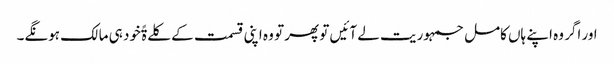
اور اگر وہ اپنے ہاں کامل جمہوریت لے آئیں تو پھر تو وہ اپنی قسمت کے کلےۃًخود ہی مالک ہونگے۔